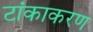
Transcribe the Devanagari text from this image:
टांकाकरण